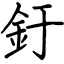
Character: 釪